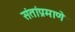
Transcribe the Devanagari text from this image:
संतांप्रमाणे